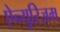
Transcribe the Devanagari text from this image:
ऐन्युरिज़म